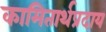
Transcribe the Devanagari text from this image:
कामितार्थप्रदाय